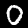
Label: 0